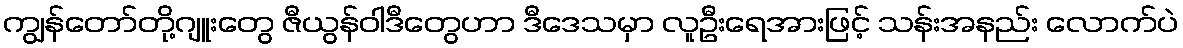
ကျွန်တော်တို့ဂျူးတွေ ဇီယွန်ဝါဒီတွေဟာ ဒီဒေသမှာ လူဦးရေအားဖြင့် သန်းအနည်း လောက်ပဲ